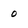
Character: 0